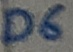
Text: D6